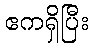
ဧကရှိပြီး